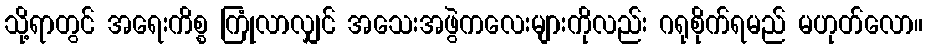
သို့ရာတွင် အရေးကိစ္စ ကြုံလာလျှင် အသေးအဖွဲကလေးများကိုလည်း ဂရုစိုက်ရမည် မဟုတ်လော။